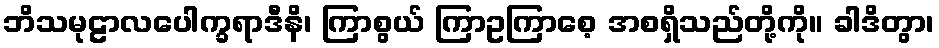
ဘိသမုဠာလပေါက္ခရာဒီနိ၊ ကြာစွယ် ကြာဥကြာစေ့ အစရှိသည်တို့ကို။ ခါဒိတွာ၊